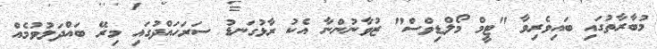
މުބާރާތުގައި ބައިވެރިވާ "ޓީމް މޯލްޑިވްސް" ޒުވާނުންނާ އެކު ރާޅުގަނޑު ސަރަހައްދުގައި މިރޭ ބައްދަލުވުމެއް